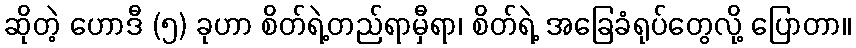
ဆိုတဲ့ ဟောဒီ (၅) ခုဟာ စိတ်ရဲ့တည်ရာမှီရာ၊ စိတ်ရဲ့ အခြေခံရုပ်တွေလို့ ပြောတာ။